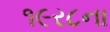
૧૯ર૮ના